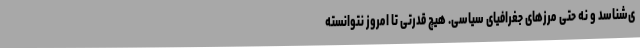
ی‌شناسد و نه حتی مرزهای جغرافیای سیاسی. هیچ قدرتی تا امروز نتوانسته